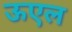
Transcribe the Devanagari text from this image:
ऊएल